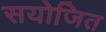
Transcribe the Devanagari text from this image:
सयोजित